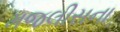
મજલીસના